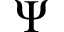
\Psi